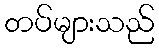
တပ်များသည်